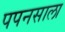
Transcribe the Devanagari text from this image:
पपनसाला